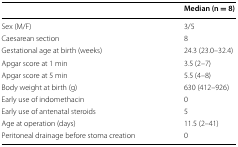
<table><thead><tr><td></td><td><b>Median (n = 8)</b></td></tr></thead><tbody><tr><td>Sex (M/F)</td><td>3/5</td></tr><tr><td>Caesarean section</td><td>8</td></tr><tr><td>Gestational age at birth (weeks)</td><td>24.3 (23.0–32.4)</td></tr><tr><td>Apgar score at 1 min</td><td>3.5 (2–7)</td></tr><tr><td>Apgar score at 5 min</td><td>5.5 (4–8)</td></tr><tr><td>Body weight at birth (g)</td><td>630 (412–926)</td></tr><tr><td>Early use of indomethacin</td><td>0</td></tr><tr><td>Early use of antenatal steroids</td><td>5</td></tr><tr><td>Age at operation (days)</td><td>11.5 (2–41)</td></tr><tr><td>Peritoneal drainage before stoma creation</td><td>0</td></tr></tbody></table>